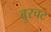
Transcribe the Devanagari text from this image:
बुरचट